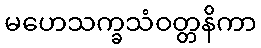
မဟေသက္ခသံဝတ္တနိကာ